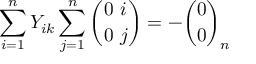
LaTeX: \sum _ { i = 1 } ^ { n } Y _ { i k } \sum _ { j = 1 } ^ { n } { \binom { 0 ~ i } { 0 ~ j } } = - { \binom { 0 } { 0 } } _ { n }